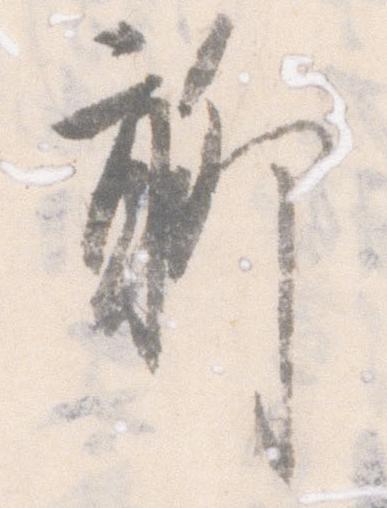
聊